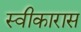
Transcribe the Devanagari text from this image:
स्वीकारास